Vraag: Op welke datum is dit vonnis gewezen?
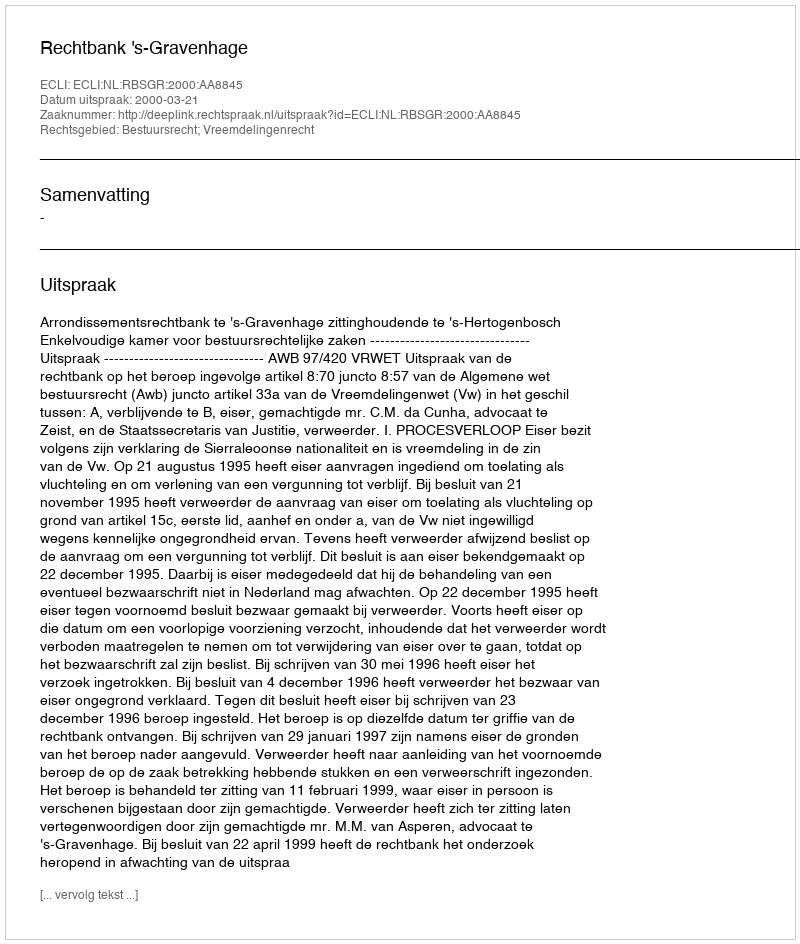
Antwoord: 2000-03-21